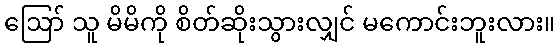
ဪ သူ မိမိကို စိတ်ဆိုးသွားလျှင် မကောင်းဘူးလား။